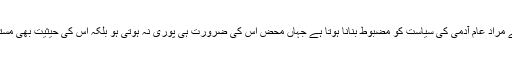
پیپلز ایکٹ سے مراد عام آدمی کی سیاست کو مضبوط بنانا ہوتا ہے جہاں محض اس کی ضرورت ہی پوری نہ ہوتی ہو بلکہ اس کی حیثیت بھی مستحکم ہوتی ہے۔